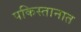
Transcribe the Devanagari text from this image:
पकिस्तानात